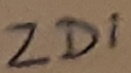
Text: ZD1